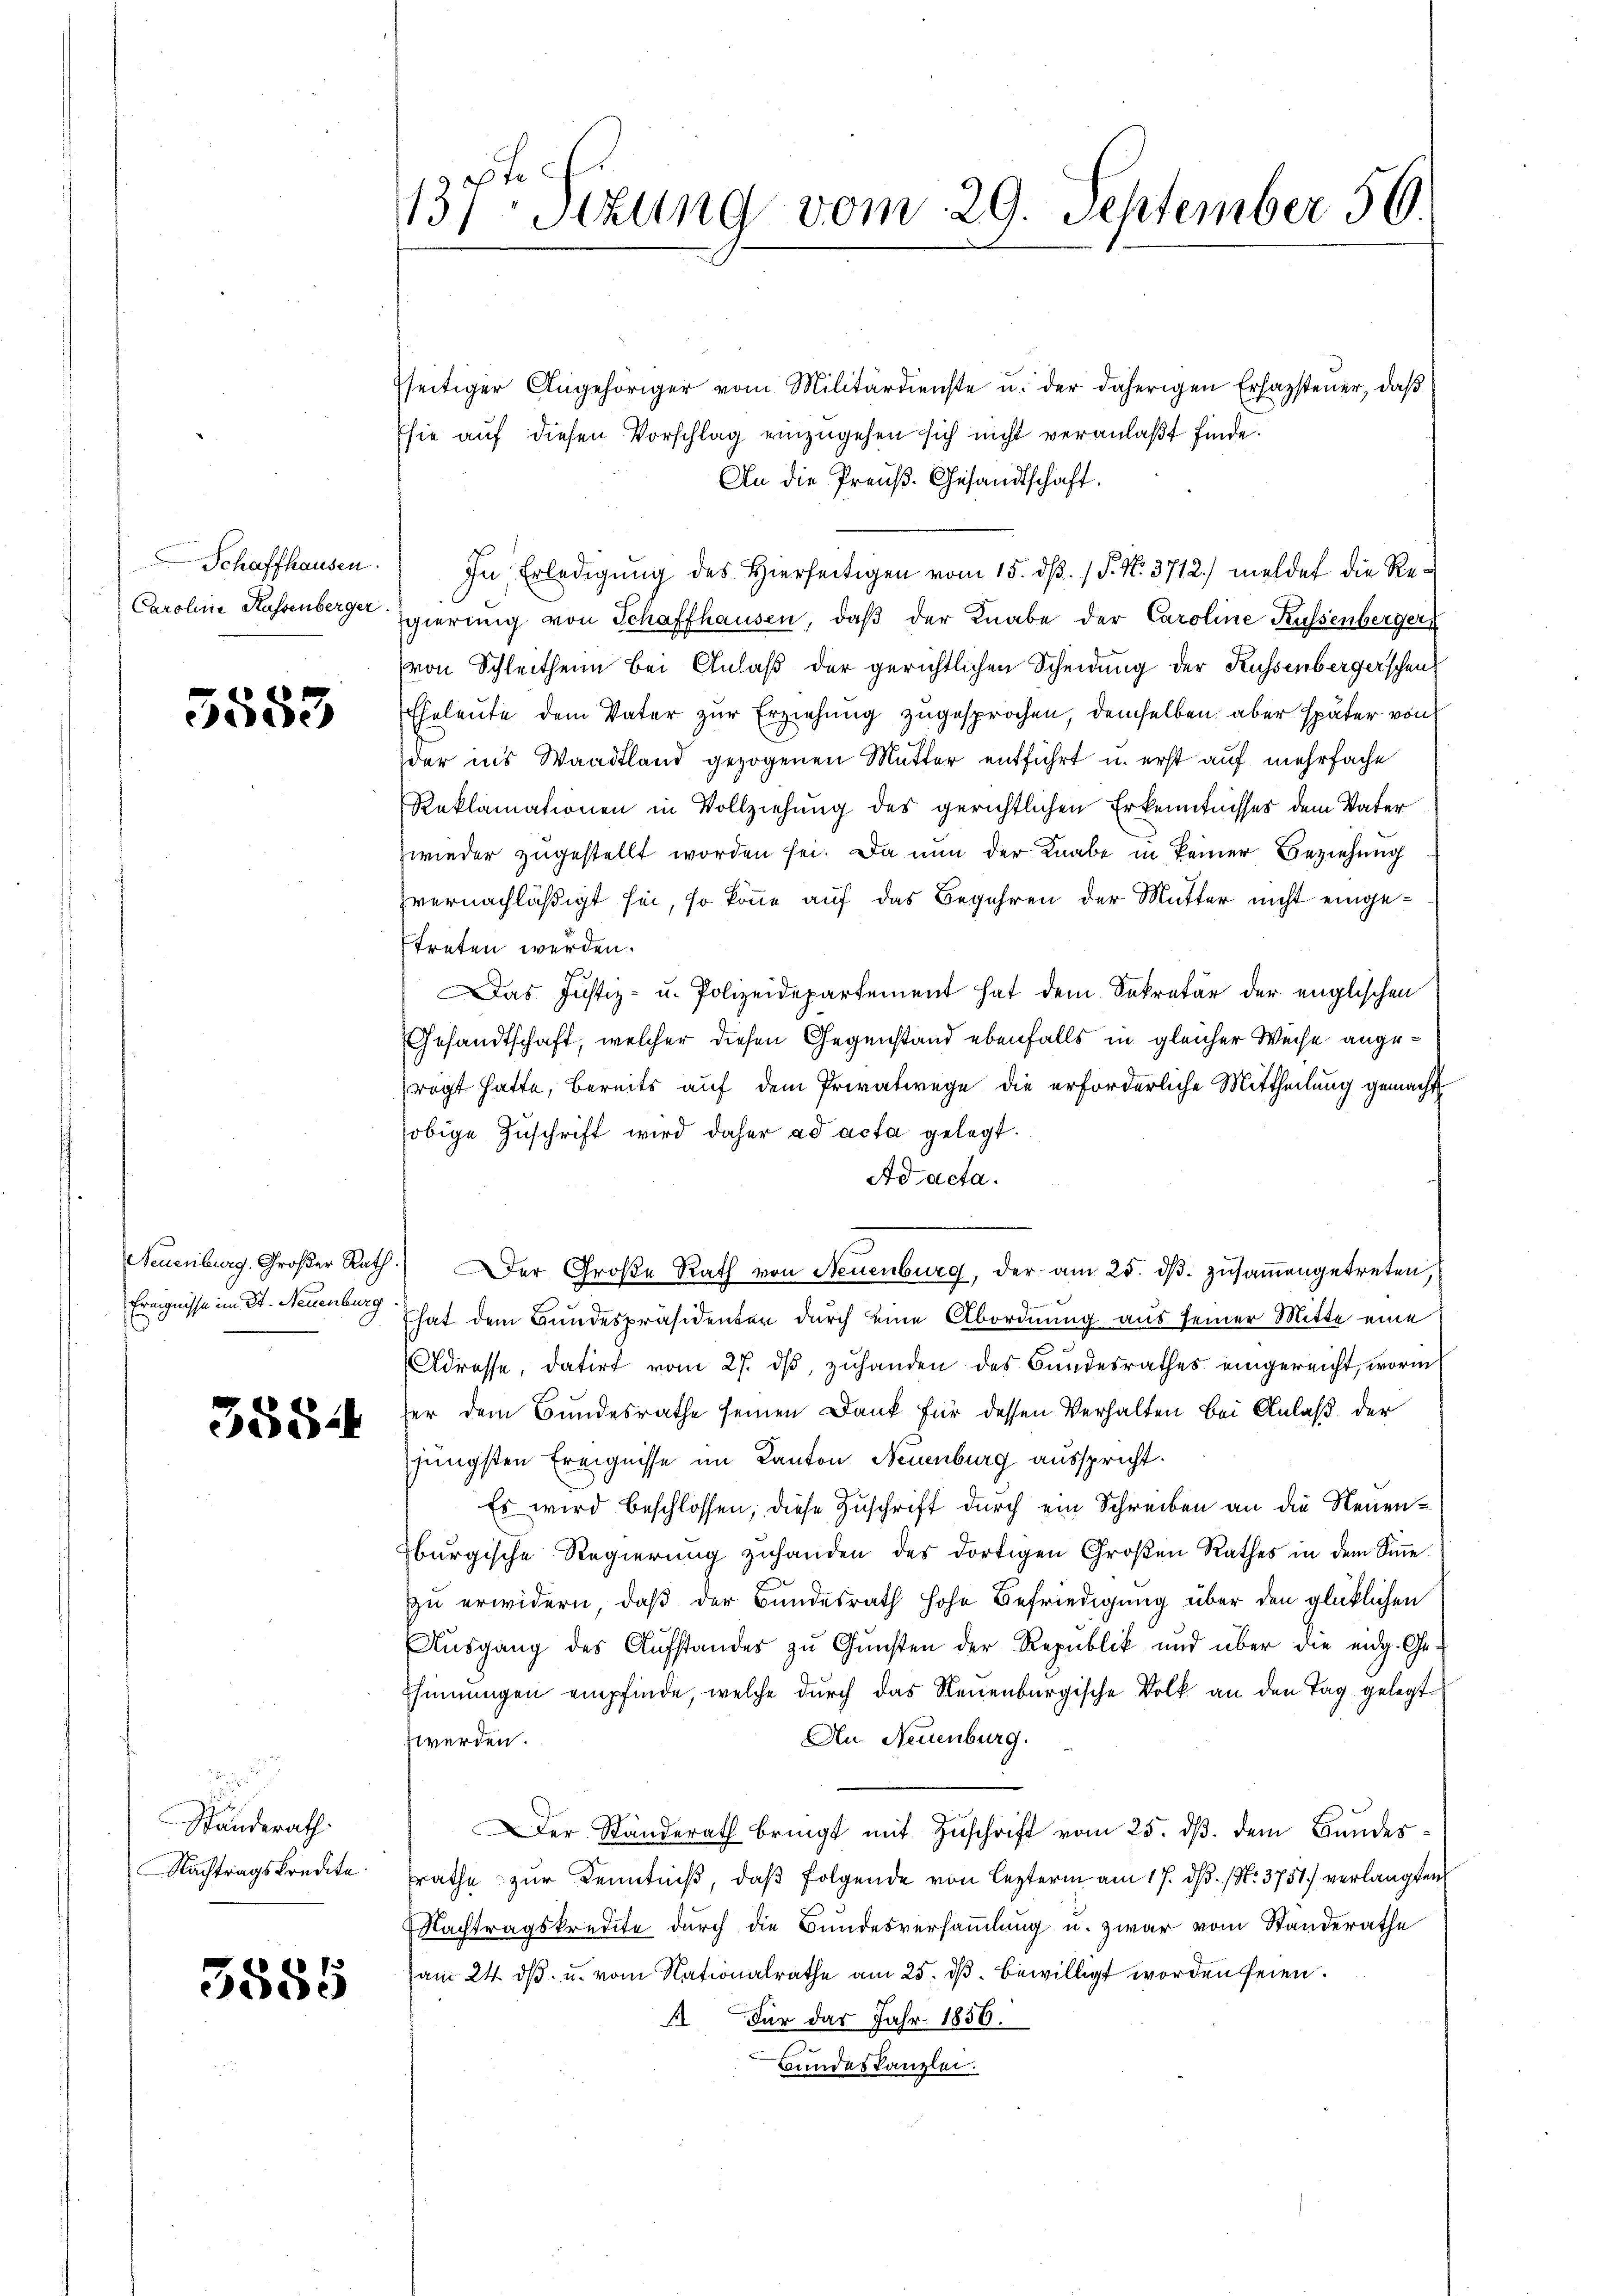
Schaffhausen.
n
Caroline Kassenberger.

5583

Neuenburg. Großer Rath
Ereignisse im St. Neuenburg

3584

e
Standerath
Nachtragskredite.

5885

137ten Sizung vom 29. September 56

seitiger Angehöriger vom Militärdienste u. der daherigen Erhazsteuer, daβ
Esie auf diesen Vorschlag einzugehen sich nicht veranlaßt finde.
An die Preuß. Gesandtschaft.
In Erledigung des Hierseitigen vom 15. dß. / P. Nr. 3712.) meldet die Regierung von Schaffhausen, daß der Knabe der Caroline Küssenberger
von Schleithenn bei Anlaß der gerichtlichen Scheidung der Küssenbergerschen
Eheleute dem Vater zur Erziehung zugesprochen, demselben aber später von
der ins Waadtland gezogenen Mutter entführt u. erst auf mehrfache
Reklamationen in Vollziehung des gerichtlichen Erkenntnisses dem Vater
wieder zugestellt worden sei. Da nun der Knabe in keiner Beziehung
zvernachläßigt sei, so könne auf das Begehren der Mutter nicht eingetreten werden.
as Justiz- u. Polizeidepartement hat dem Sekretär der englischen
Gesandtschaft, welcher diesen Gegenstand ebenfalls in gleicher Weise angerögt hatte, bereits auf dem Privatwege die erforderliche Mittheilung gemacht
obige Zuschrift wird daher ad acta gelegt.
Ad acta.
 Der Große Rath von Neuenburg, der am 25. dβ zŭsaṁengetreten,
hat dem Bundespräsidenten durch eine Abordnung aus seiner Mitte eine
Adresse, datirt vom 27. dβ, zŭhanden des Bundesrathes eingereicht, worin
er dem Bundesrathe seinen Dank für dessen Verhalten bei Anlaß der
jüngsten Ereignisse im Kanton Neuenburg ausspricht.
Es wird beschlossen; diese Zuschrift durch ein Schreiben an die Neuenburgische Regierŭng zuhanden des dortigen Großen Rathes in dem Sinne
zu erwidern, daß der Bundesrath hohe Befriedigung über den glücklichen
Ausgang des Aufstandes zu Gunsten der Republik und über die eidg. Ge-
Schinnungen empfinde, welche durch das Neuenburgische Volk an den Tag gelegt
An Neuenburg.
werden.
Der Standerath bringt mit Zuschrift vom 25. ds. dem Bundesrathe zur Kenntniß, daß folgende von lezterm am 17. ds. (N. 3751) verlangten
Nachtragskredite durch die Bundesversammlung u. zwar vom Standerathe
am 24. dβ u. vom Nationalrathe am 25. dβ bewilligt worden seien.
A Für das Jahr 1856.
Bundeskanzlei.